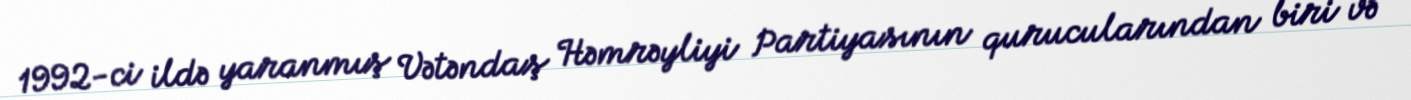
1992-ci ildə yaranmış Vətəndaş Həmrəyliyi Partiyasının qurucularından biri və